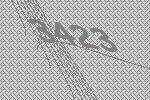
3423